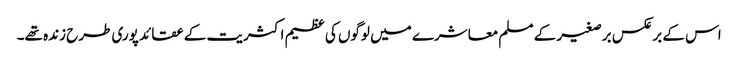
اس کے برعکس برصغیر کے مسلم معاشرے میں لوگوں کی عظیم اکثریت کے عقائد پوری طرح زندہ تھے۔